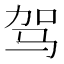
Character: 驾